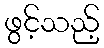
ဖွင့်သည့်